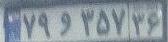
۷۹و۳۵۷۳۶